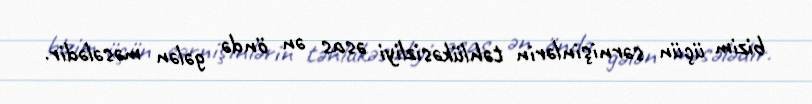
bizim üçün sərnişinlərin təhlükəsizliyi əsas ən öndə gələn məsələdir.